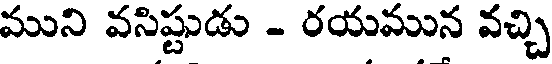
ముని వసిష్టుడు - రయమున వచ్చి